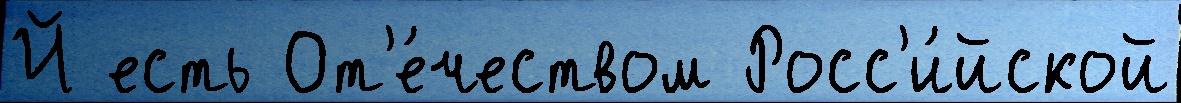
Й есть От'е́чеством Росс'и́йской